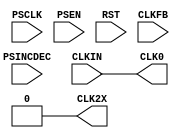
module DCM(CLKIN,PSCLK,PSEN,PSINCDEC,RST,CLK2X,CLK0,CLKFB);
input CLKIN, PSCLK, PSEN, PSINCDEC, RST, CLKFB;
output CLK2X, CLK0;
assign #1 CLK0 = CLKIN;
reg CLK2X;
initial CLK2X=0;
always @(posedge CLK0)
begin
  CLK2X = 1'b1;
  #5;
  CLK2X = 1'b0;
  #5;
  CLK2X = 1'b1;
  #5;
  CLK2X = 1'b0;
end
endmodule